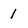
Character: 1